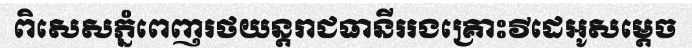
ពិសេសភ្នំពេញរថយន្តរាជធានីររងគ្រោះវីដេអូសម្តេច